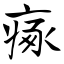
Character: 瘃